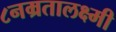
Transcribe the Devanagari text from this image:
८नम्रतालक्ष्मी